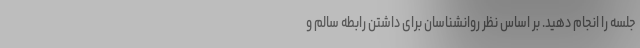
جلسه را انجام دهید. بر اساس نظر روانشناسان برای داشتن رابطه سالم و